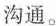
沟通。